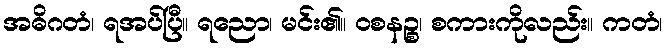
အဓိဂတံ၊ ရအပ်ပြီ။ ရညော၊ မင်း၏။ ဝစနဉ္စ၊ စကားကိုလည်း။ ကတံ၊